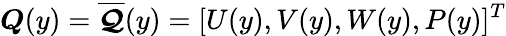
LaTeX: \boldsymbol{Q}(y)=\overline{{\boldsymbol{\mathcal{Q}}}}(y)=[U(y),V(y),W(y),P(y)]^{T}